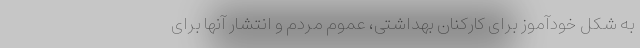
به شکل خودآموز برای کارکنان بهداشتی، عموم مردم و انتشار آنها برای